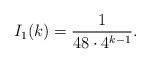
LaTeX: \begin{align*}I_1(k)=\dfrac{1}{48\cdot 4^{k-1}}. \end{align*}